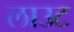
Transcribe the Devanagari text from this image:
लाउट